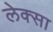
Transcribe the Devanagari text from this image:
लेक्सा